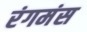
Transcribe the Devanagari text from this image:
रंगमंस